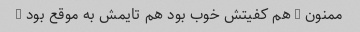
ممنون … هم کفیتش خوب بود هم تایمش به موقع بود …